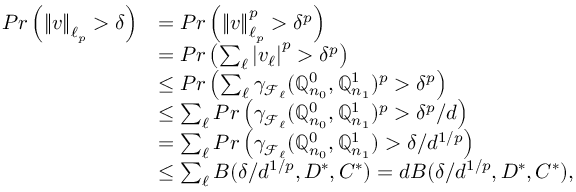
\begin{array} { r l } { P r \left( \left\Vert v \right\Vert _ { \ell _ { p } } > \delta \right) } & { = P r \left( \left\Vert v \right\Vert _ { \ell _ { p } } ^ { p } > \delta ^ { p } \right) } \\ & { = P r \left( \sum _ { \ell } \left| v _ { \ell } \right| ^ { p } > \delta ^ { p } \right) } \\ & { \leq P r \left( \sum _ { \ell } \gamma _ { \mathcal { F } _ { \ell } } ( \mathbb { Q } _ { n _ { 0 } } ^ { 0 } , \mathbb { Q } _ { n _ { 1 } } ^ { 1 } ) ^ { p } > \delta ^ { p } \right) } \\ & { \leq \sum _ { \ell } P r \left( \gamma _ { \mathcal { F } _ { \ell } } ( \mathbb { Q } _ { n _ { 0 } } ^ { 0 } , \mathbb { Q } _ { n _ { 1 } } ^ { 1 } ) ^ { p } > \delta ^ { p } / d \right) } \\ & { = \sum _ { \ell } P r \left( \gamma _ { \mathcal { F } _ { \ell } } ( \mathbb { Q } _ { n _ { 0 } } ^ { 0 } , \mathbb { Q } _ { n _ { 1 } } ^ { 1 } ) > \delta / d ^ { 1 / p } \right) } \\ & { \leq \sum _ { \ell } B ( \delta / d ^ { 1 / p } , D ^ { * } , C ^ { * } ) = d B ( \delta / d ^ { 1 / p } , D ^ { * } , C ^ { * } ) , } \end{array}